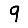
Digit: 9